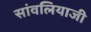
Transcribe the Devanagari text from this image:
सांवलियाजी